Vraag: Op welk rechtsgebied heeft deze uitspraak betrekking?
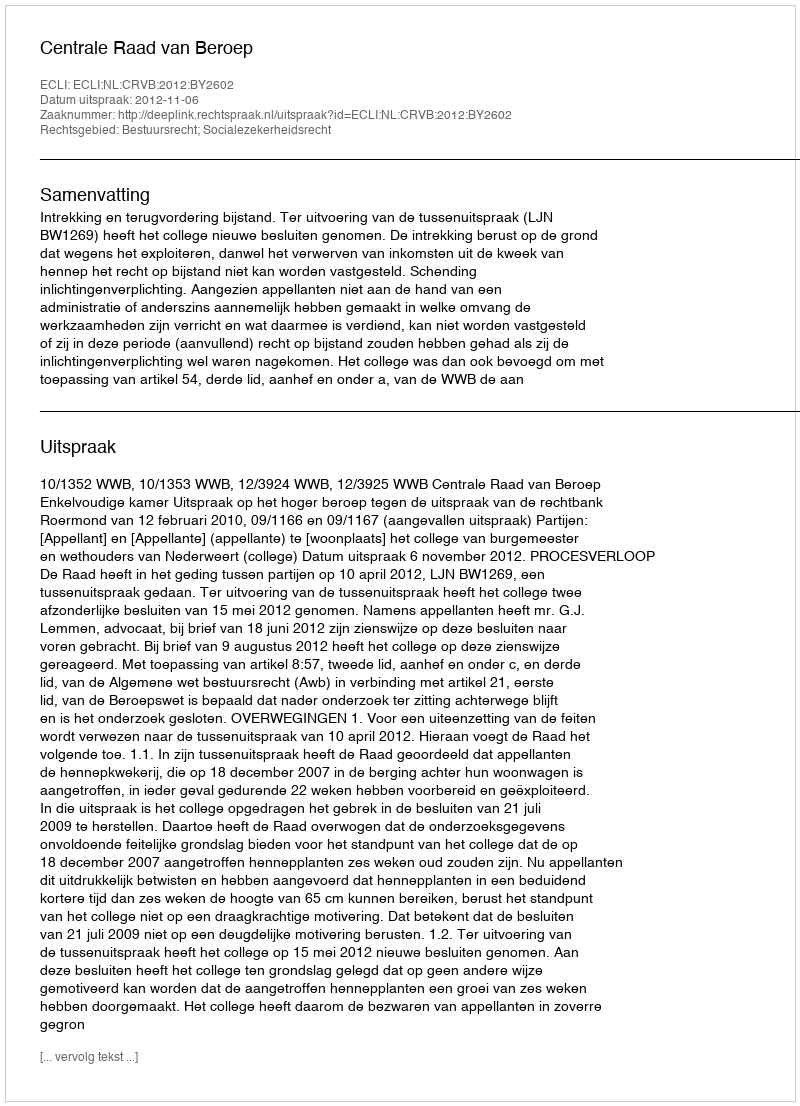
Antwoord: Bestuursrecht; Socialezekerheidsrecht